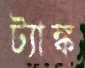
ট্যাঙ্ক